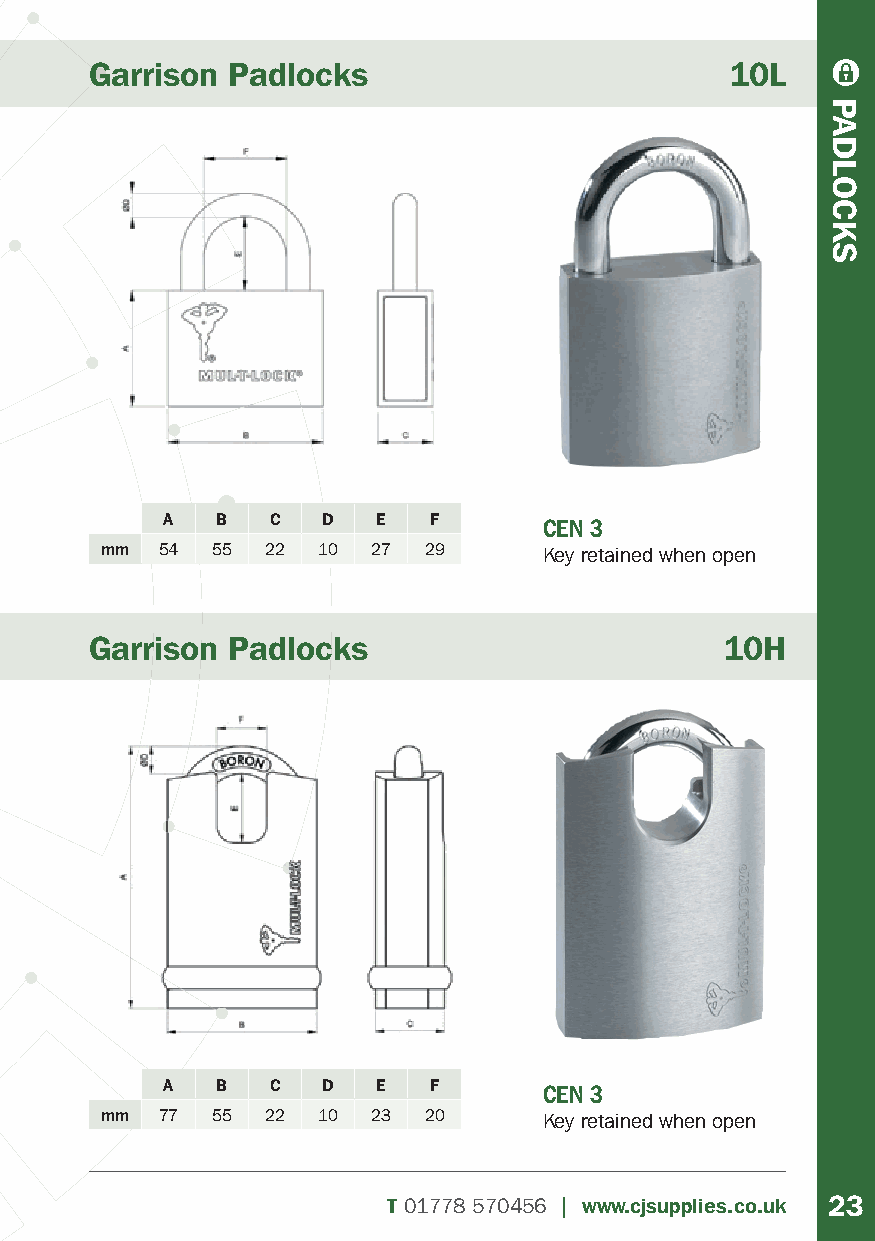
Garrison Padlocks                         10L
 A  B   C  D   E  F       CEN 3
 mm 54  55  22 10  27 29      Key retained when open
 Garrison Padlocks                         10H
 A  B   C  D   E  F       CEN 3
 mm 77  55  22 10  23 20      Key retained when open
 T01778 570456 | www.cjsupplies.co.uk 23
 PADLOCKS